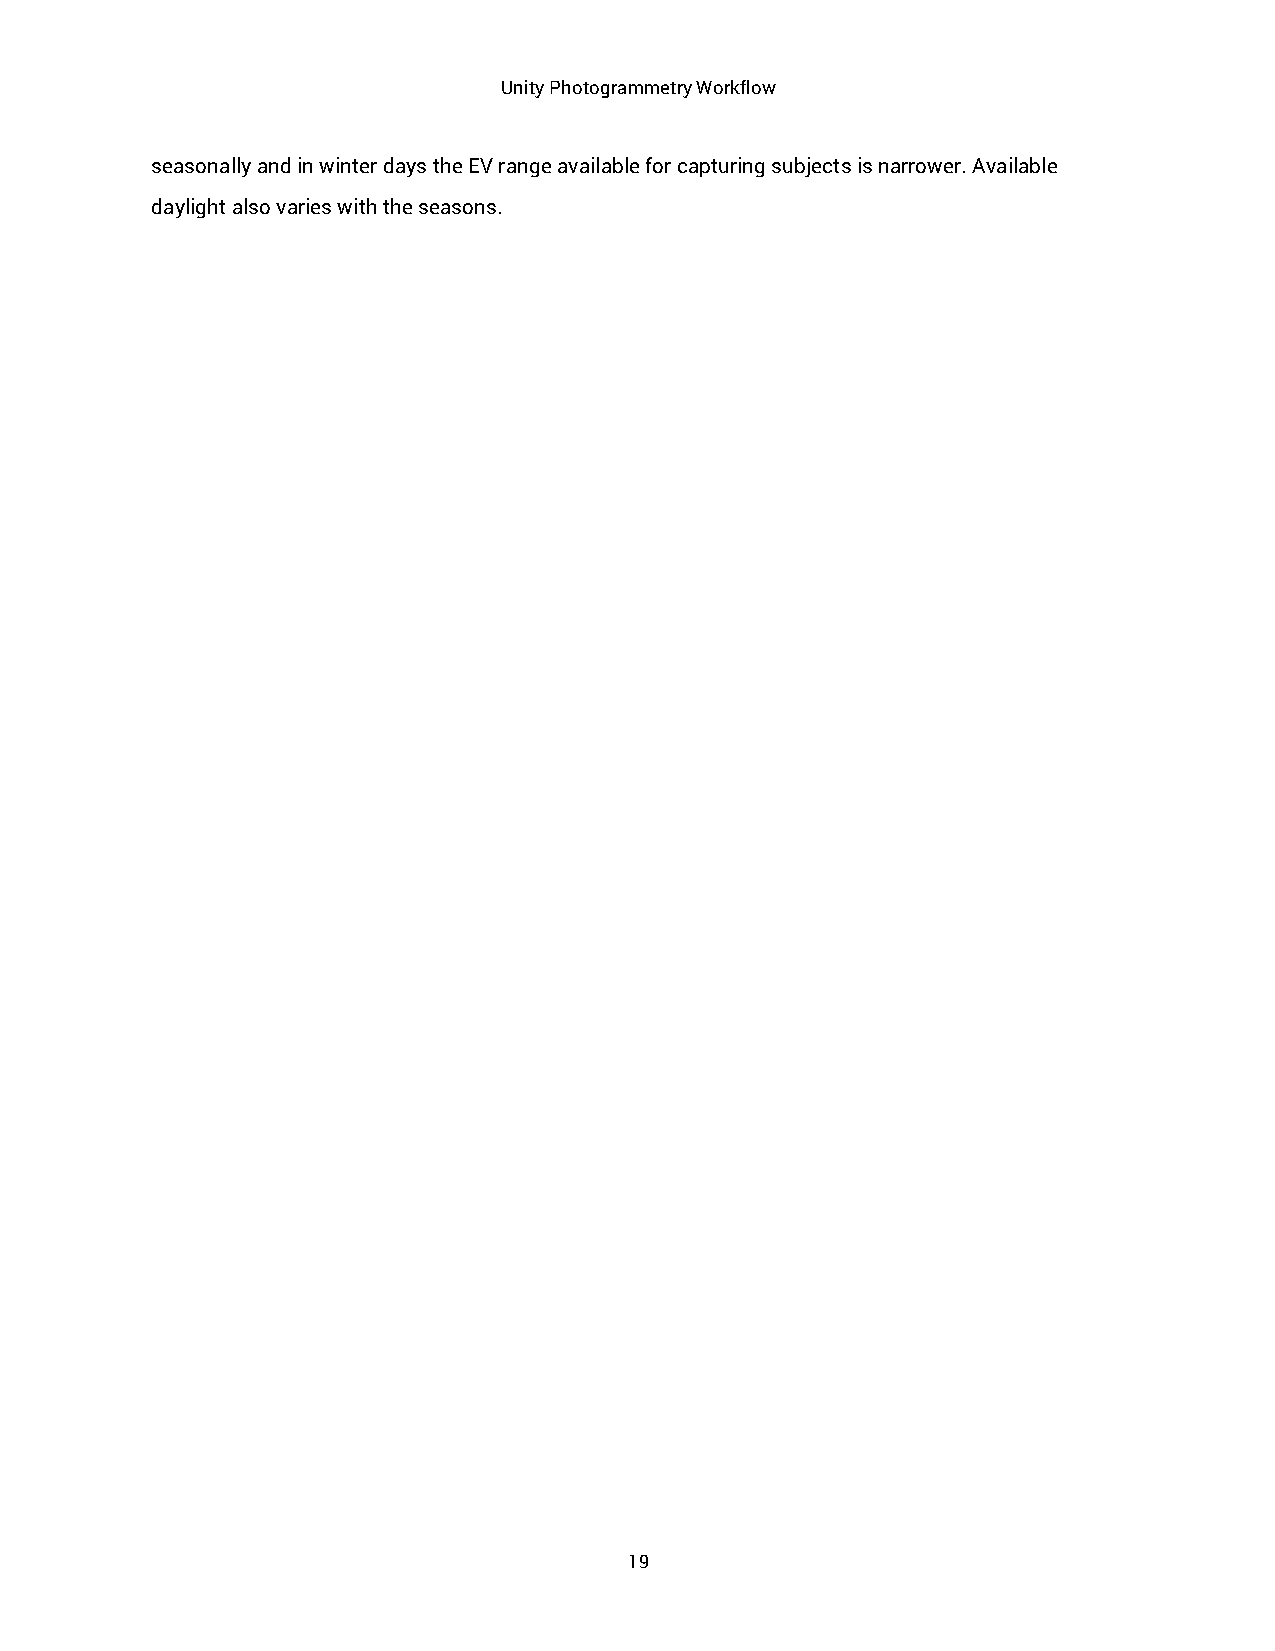
Unity Photogrammetry Workflow
 seasonally and in winter days the EV range available for capturing subjects is narrower. Available
 daylight also varies with the seasons.
 19